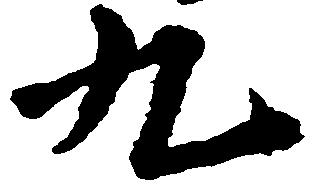
九